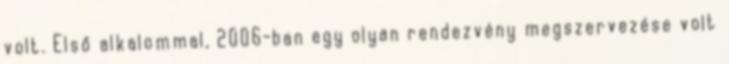
volt. Első alkalommal, 2006-ban egy olyan rendezvény megszervezése volt